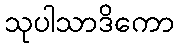
သုပါသာဒိကော